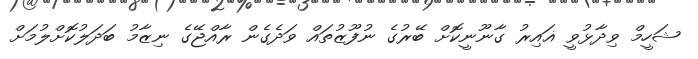
ޝަހީމް ވިދާޅުވީ ޣައިރު ގާނޫނީކޮށް ބޭރުގެ ނުފޫޒުތައް ވަދެގެން ރާއްޖޭގެ ނިޒާމު ބަދަލުކޮށްލުމަށް